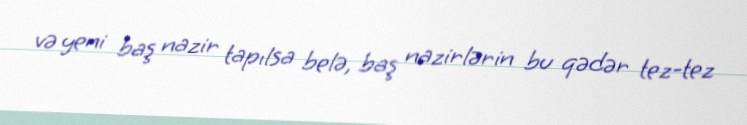
və yeni baş nazir tapılsa belə, baş nazirlərin bu qədər tez-tez